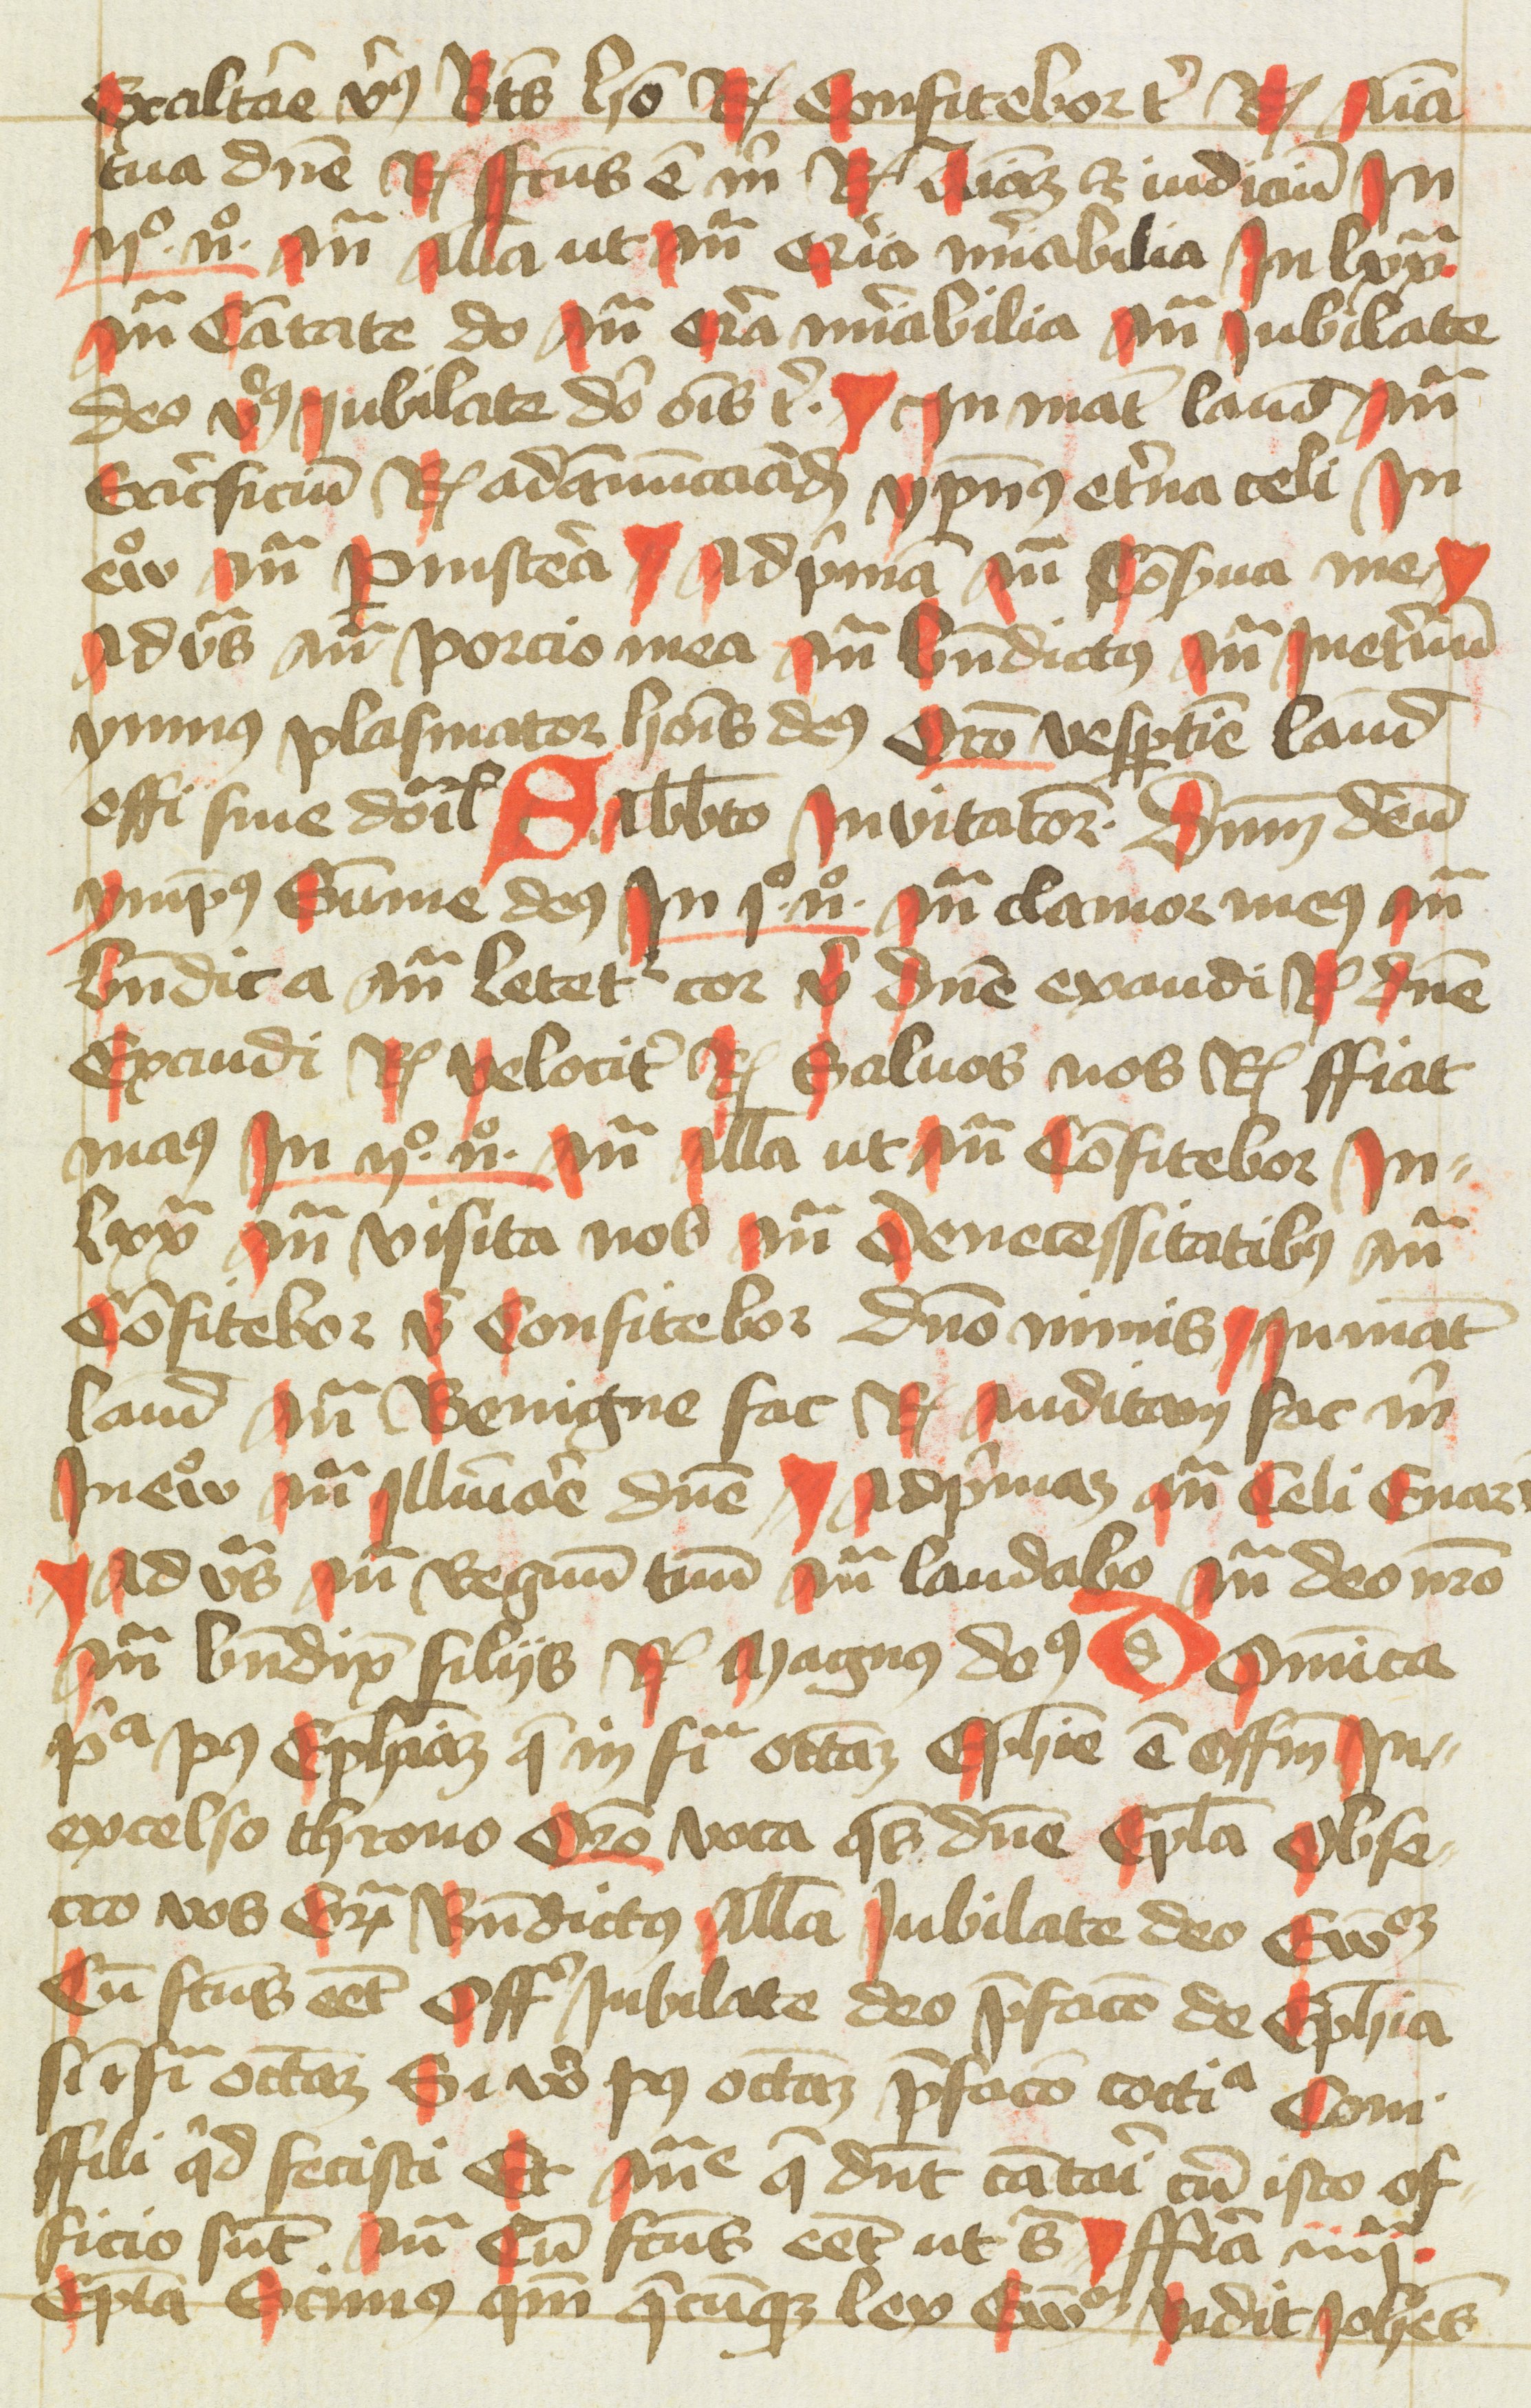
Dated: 1400–1499